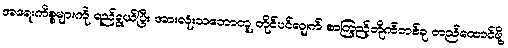
အရေးကိစ္စများကို ရည်ရွယ်ပြီး အားလုံးသဘောတူ တိုင်ပင်လျက် စာကြည့်တိုက်တစ်ခု တည်ထောင်ဖို့